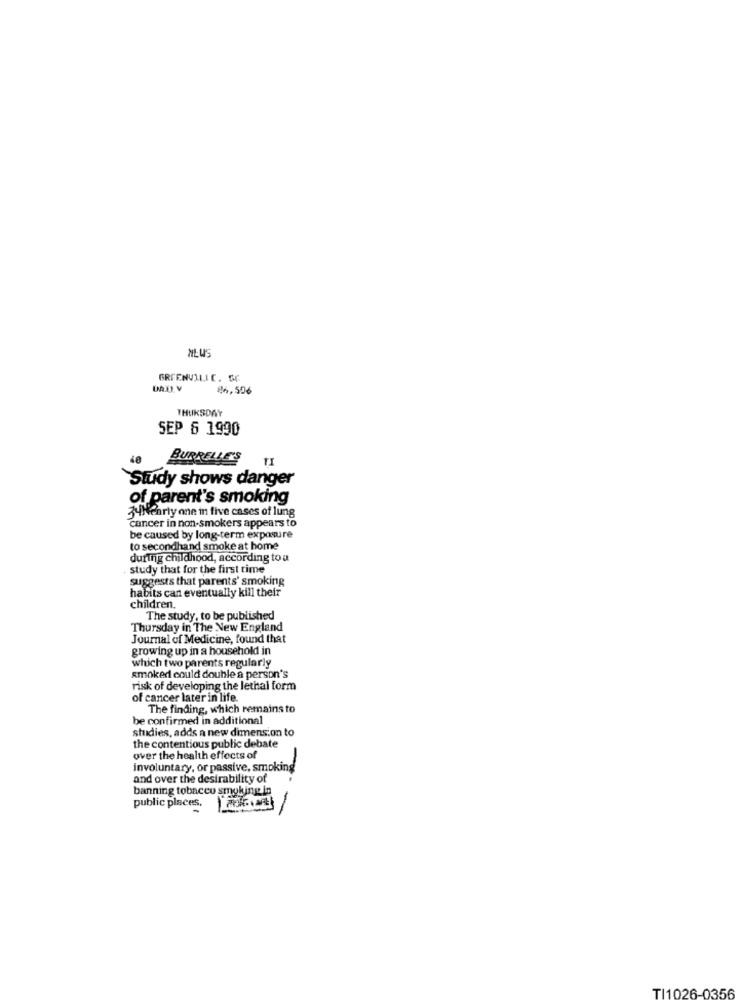
GREENVILLE. SC
86,506
THURSDAY
SEP 6 1990
48
BURRELLE'S
`Study shows danger
of parent's smoking
34 early one in five cases of lung
cancer in non-smokers appears to
be caused by long-term exposure
to secondhand smoke at home
during childhood, according to a
study that for the first time
suggests that parents' smoking
habits can eventually kill their
children.
The study, to be published
Thursday in The New England
Journal of Medicine, found that
growing up in a household in
which two parents regularly
smoked could double a person's
risk of developing the lethal form
of cancer later in life.
The finding, which remains to
be confirmed in additional
studies, adds a new dimension to
the contentious public debate
over the health effects of
involuntary, or passive, smoking
and over the desirability of
banning tobacco smoking in
public places.
TI1026-0356